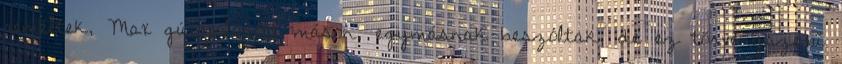
reméltek, Max gúnyolódott máson, egymásnak beszóltak, de ez törvényszerű